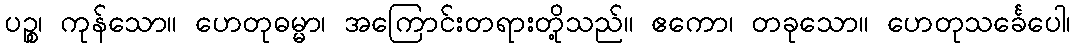
ပဉ္စ၊ ကုန်သော။ ဟေတုဓမ္မာ၊ အကြောင်းတရားတို့သည်။ ဧကော၊ တခုသော။ ဟေတုသင်္ခေပေါ၊